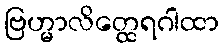
ဗြဟ္မာလိတ္ထေရဂါထာ